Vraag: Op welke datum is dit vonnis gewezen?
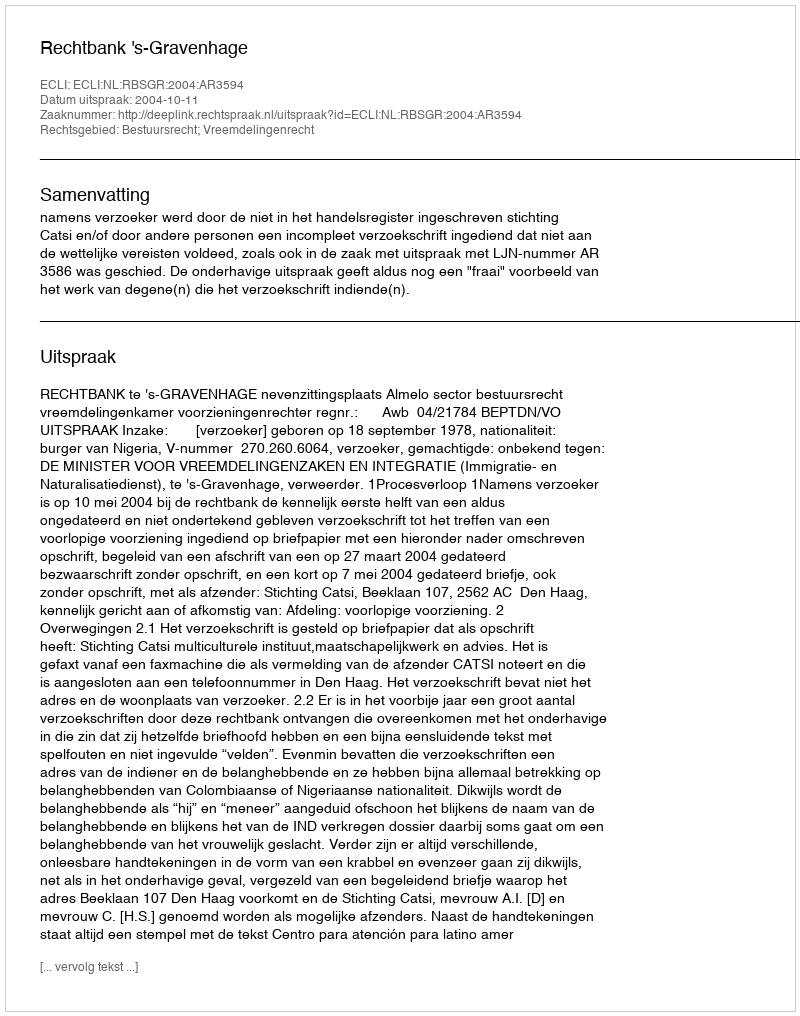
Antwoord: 2004-10-11